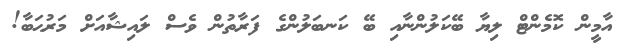
އާމީން ކޮމެންޓް ލިޔާ ބޭކަލުންނާއި ބޭ ކަނބަލުންގެ ފަރާތުން ވެސް ލައިޝާއަށް މަރުޙަބާ!